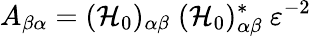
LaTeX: A_{\beta\alpha}=({\cal H}_{0})_{\alpha\beta}\; ({\cal H}_{0})_{\alpha\beta}^{*}~\varepsilon^{-2}